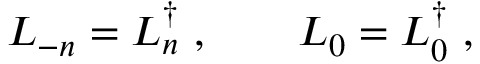
L _ { - n } = L _ { n } ^ { \dagger } ~ , ~ ~ ~ ~ ~ ~ L _ { 0 } = L _ { 0 } ^ { \dagger } ~ ,